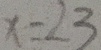
x = 2 3